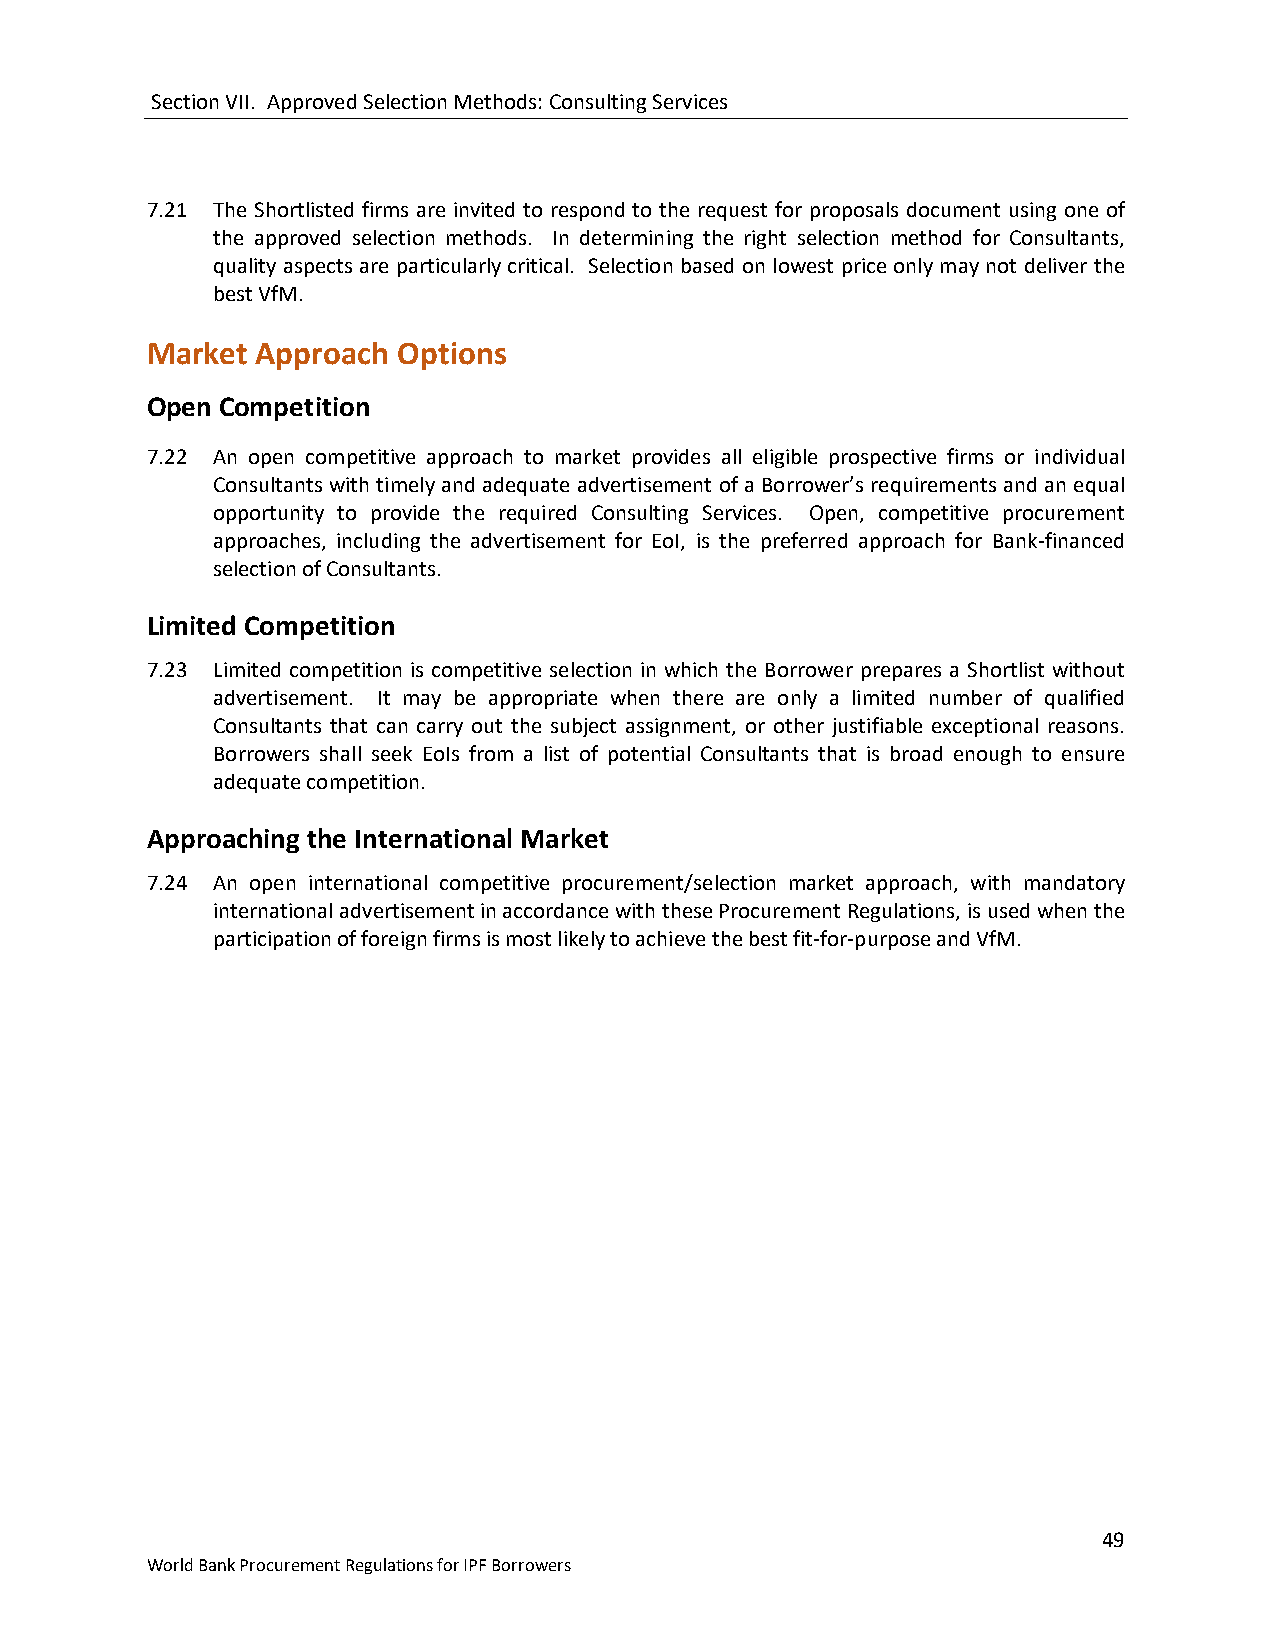
Section VII. Approved Selection Methods: Consulting Services
 7.21 The Shortlisted firms are invited to respond to the request for proposals document using one of
 the approved selection methods. In determining the right selection method for Consultants,
 quality aspects are particularly critical. Selection based on lowest price only may not deliver the
 best VfM.
 Market Approach Options
 Open Competition
 7.22 An open competitive approach to market provides all eligible prospective firms or individual
 Consultants with timely and adequate advertisement of a Borrower’s requirements and an equal
 opportunity to provide the required Consulting Services. Open, competitive procurement
 approaches, including the advertisement for EoI, is the preferred approach for Bank-financed
 selection of Consultants.
 Limited Competition
 7.23 Limited competition is competitive selection in which the Borrower prepares a Shortlist without
 advertisement. It may be appropriate when there are only a limited number of qualified
 Consultants that can carry out the subject assignment, or other justifiable exceptional reasons.
 Borrowers shall seek EoIs from a list of potential Consultants that is broad enough to ensure
 adequate competition.
 Approaching the International Market
 7.24 An open international competitive procurement/selection market approach, with mandatory
 international advertisement in accordance with these Procurement Regulations, is used when the
 participation of foreign firms is most likely to achieve the best fit-for-purpose and VfM.
 49
 World Bank Procurement Regulations for IPF Borrowers